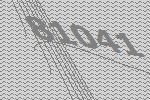
81041